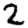
Digit: 2